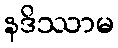
နဒိဿာမ